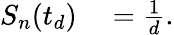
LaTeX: \begin{array}{rl}{S_{n}(t_{d})}&{{}=\frac{1}{d}.}\end{array}